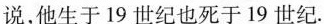
说，他生于19世纪也死于19世纪.